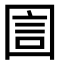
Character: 圁